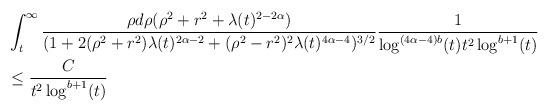
LaTeX: \begin{align*} &\int_{t}^{\infty} \frac{\rho d\rho (\rho^{2}+r^{2}+\lambda(t)^{2-2\alpha})}{(1+2(\rho^{2}+r^{2})\lambda(t)^{2\alpha -2} +(\rho^{2}-r^{2})^{2} \lambda(t)^{4\alpha -4})^{3/2}}\frac{1}{\log^{(4\alpha -4)b}(t) t^{2}\log^{b+1}(t)}\\&\leq \frac{C}{t^{2} \log^{b+1}(t)}\end{align*}